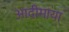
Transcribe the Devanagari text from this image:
आदीमाया